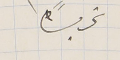
تحريراً